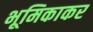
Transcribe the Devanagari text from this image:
भूमिकाकर